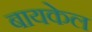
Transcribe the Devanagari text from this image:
बायकेल